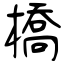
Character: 橋